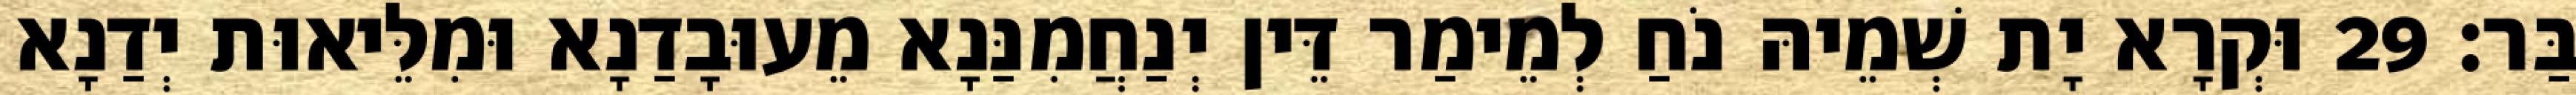
בַּר׃ 29 וּקְרָא יָת שְׁמֵיהּ נֹחַ לְמֵימַר דֵּין יְנַחֲמִנַּנָא מֵעוּבָדַנָא וּמִלֵּיאוּת יְדַנָא